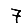
Digit: 7